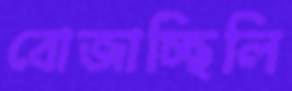
বোজাচ্ছিলি